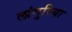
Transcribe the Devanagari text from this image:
लांगुरिया